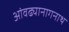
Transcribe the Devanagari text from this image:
आंवढ्यानागनाथ